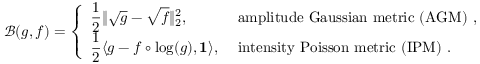
\begin{array} { r } { \mathcal { B } ( g , f ) = \displaystyle \left\{ \begin{array} { l l } { \displaystyle \frac { 1 } { 2 } \| \sqrt { g } - \sqrt { f } \| _ { 2 } ^ { 2 } , } & { \mathrm { ~ a m p l i t u d e ~ G a u s s i a n ~ m e t r i c ~ ( A G M ) ~ } , } \\ { \displaystyle \frac { 1 } { 2 } \langle g - f \circ \log ( g ) , \mathbf { 1 } \rangle , } & { \mathrm { ~ i n t e n s i t y ~ P o i s s o n ~ m e t r i c ~ ( I P M ) ~ } . } \end{array} \right. } \end{array}